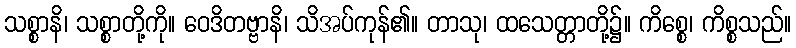
သစ္စာနိ၊ သစ္စာတို့ကို။ ဝေဒိတဗ္ဗာနိ၊ သိအပ်ကုန်၏။ တာသု၊ ထသေတ္တာတို့၌။ ကိစ္စေ၊ ကိစ္စသည်။